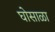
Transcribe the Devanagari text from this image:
घोसाळा